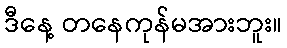
ဒီနေ့ တနေကုန်မအားဘူး။